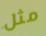
مثل